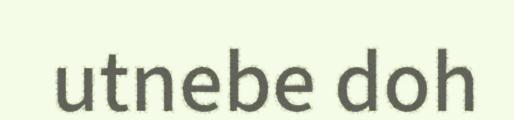
utnebe doh